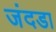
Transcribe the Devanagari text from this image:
जंदडा